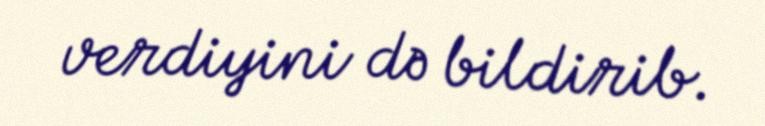
verdiyini də bildirib.